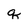
Character: q